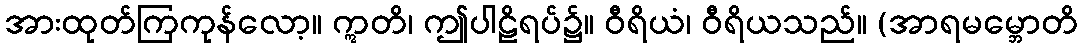
အားထုတ်ကြကုန်လော့။ ဣတိ၊ ဤပါဠိရပ်၌။ ဝီရိယံ၊ ဝီရိယသည်။ (အာရမမ္ဘောတိ